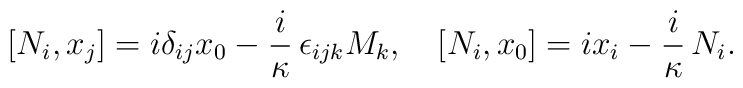
[N_i, x_j] = i \delta_{ij} x_0 - \frac{i}\kappa\, \epsilon_{ijk} M_k, \quad [N_i, x_0] = i x_{i} - \frac{i}\kappa\, N_i.